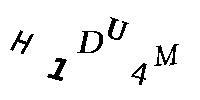
H1DU4M